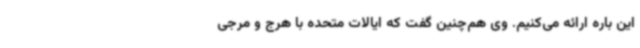
این باره ارائه می‌کنیم. وی هم‌چنین گفت که ایالات متحده با هرج و مرجی